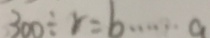
3 0 0 \div r = b \cdots a